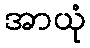
အာယုံ